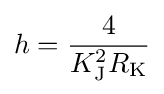
h={\frac {4}{K_{\text{J}}^{2}R_{\text{K}}}}